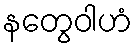
နတွေဝါဟံ